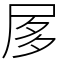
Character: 㞔